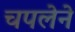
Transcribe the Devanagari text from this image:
चपलेने